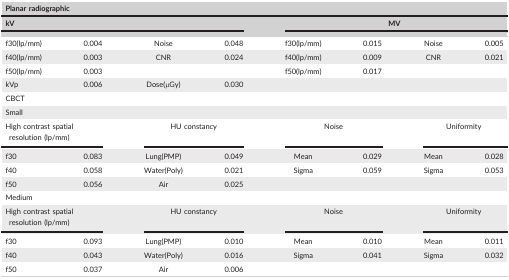
<table><thead><tr><td colspan="8"><b>Planar radiographic</b></td></tr><tr><td colspan="4"><b>kV</b></td><td colspan="4"><b>MV</b></td></tr></thead><tbody><tr><td>f30(lp/mm)</td><td>0.004</td><td>Noise</td><td>0.048</td><td>f30(lp/mm)</td><td>0.015</td><td>Noise</td><td>0.005</td></tr><tr><td>f40(lp/mm)</td><td>0.003</td><td>CNR</td><td>0.024</td><td>f40(lp/mm)</td><td>0.009</td><td>CNR</td><td>0.021</td></tr><tr><td>f50(lp/mm)</td><td>0.003</td><td></td><td></td><td>f50(lp/mm)</td><td>0.017</td><td></td><td></td></tr><tr><td>kVp</td><td>0.006</td><td>Dose(μGy)</td><td>0.030</td><td></td><td></td><td></td><td></td></tr><tr><td colspan="8">CBCT</td></tr><tr><td colspan="8">Small</td></tr><tr><td colspan="2">High contrast spatial resolution (lp/mm)</td><td colspan="2">HU constancy</td><td colspan="2">Noise</td><td colspan="2">Uniformity</td></tr><tr><td>f30</td><td>0.083</td><td>Lung(PMP)</td><td>0.049</td><td>Mean</td><td>0.029</td><td>Mean</td><td>0.028</td></tr><tr><td>f40</td><td>0.058</td><td>Water(Poly)</td><td>0.021</td><td>Sigma</td><td>0.059</td><td>Sigma</td><td>0.053</td></tr><tr><td>f50</td><td>0.056</td><td>Air</td><td>0.025</td><td></td><td></td><td></td><td></td></tr><tr><td colspan="8">Medium</td></tr><tr><td colspan="2">High contrast spatial resolution (lp/mm)</td><td colspan="2">HU constancy</td><td colspan="2">Noise</td><td colspan="2">Uniformity</td></tr><tr><td>f30</td><td>0.093</td><td>Lung(PMP)</td><td>0.010</td><td>Mean</td><td>0.010</td><td>Mean</td><td>0.011</td></tr><tr><td>f40</td><td>0.043</td><td>Water(Poly)</td><td>0.016</td><td>Sigma</td><td>0.041</td><td>Sigma</td><td>0.032</td></tr><tr><td>f50</td><td>0.037</td><td>Air</td><td>0.006</td><td></td><td></td><td></td><td></td></tr></tbody></table>